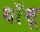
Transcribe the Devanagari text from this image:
धाँसू